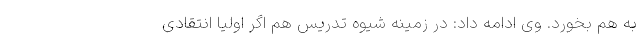
به هم بخورد. وی ادامه داد: در زمینه شیوه تدریس هم اگر اولیا انتقادی